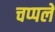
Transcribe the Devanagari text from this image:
चप्‍पलें